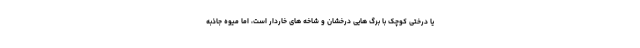
یا درختی کوچک با برگ هایی درخشان و شاخه های خاردار است، اما میوه جاذبه